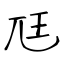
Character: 尫